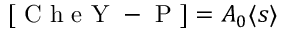
[ \mathrm { ~ C ~ h ~ e ~ Y ~ - ~ P ~ } ] = A _ { 0 } \langle s \rangle